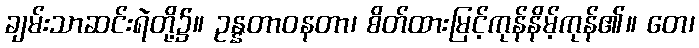
ချမ်းသာဆင်းရဲတို့၌။ ဥန္နတာဝနတာ၊ စိတ်ထားမြင့်ကုန်နိမ့်ကုန်၏။ တေ၊